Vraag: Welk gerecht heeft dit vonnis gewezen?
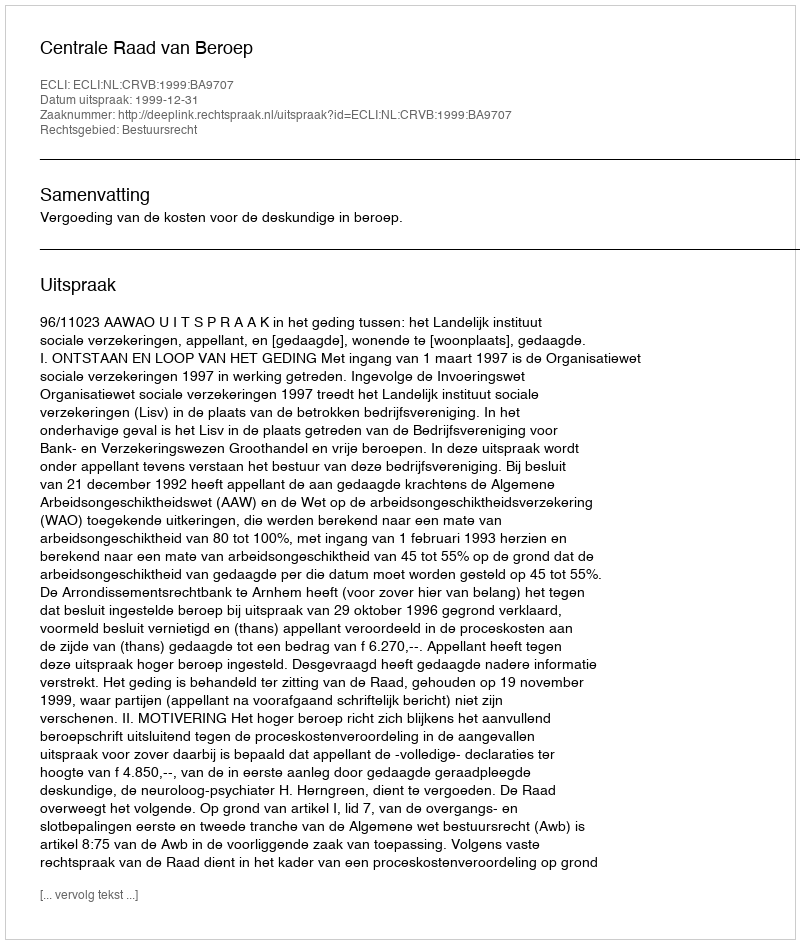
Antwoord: Centrale Raad van Beroep